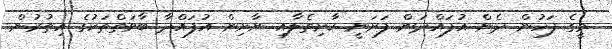
މީގެ ފަހުން ދެން އުފައްދަން ފަށަނީ ކާށިތެލާއި ނާށިން އުފައްދާ ބާވަތްތަކުގެ އިތުރުން